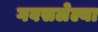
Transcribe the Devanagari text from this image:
गवसलेल्या